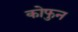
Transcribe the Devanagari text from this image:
कोफुन